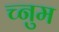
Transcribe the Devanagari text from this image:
च्नुम